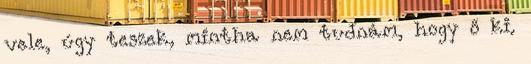
vele, úgy teszek, mintha nem tudnám, hogy ő ki.